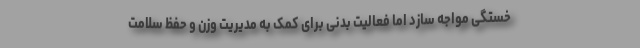
خستگی مواجه سازد اما فعالیت بدنی برای کمک به مدیریت وزن و حفظ سلامت